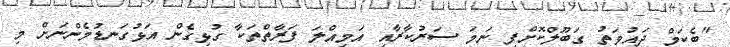
"ބެކަމް ދައުވަތު ގަބޫލްކޮށްފި ނަމަ ސަރުކާރާއި އަމިއްލަ ފަރާތްތަކާ ގުޅިގެން އަޅުގަނޑުމެންނަށް މި